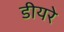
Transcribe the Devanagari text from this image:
डीयरे